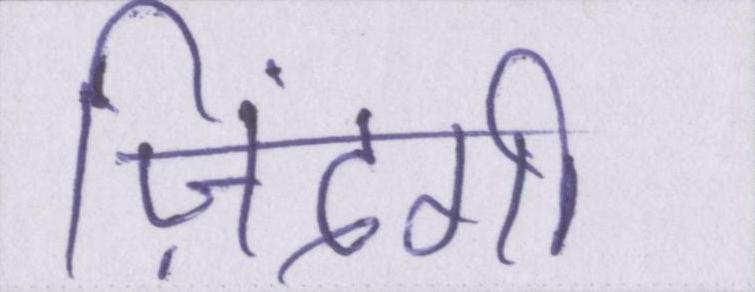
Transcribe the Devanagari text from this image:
ज़िंदगी